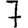
Digit: 7